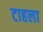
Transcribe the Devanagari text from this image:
टाहला